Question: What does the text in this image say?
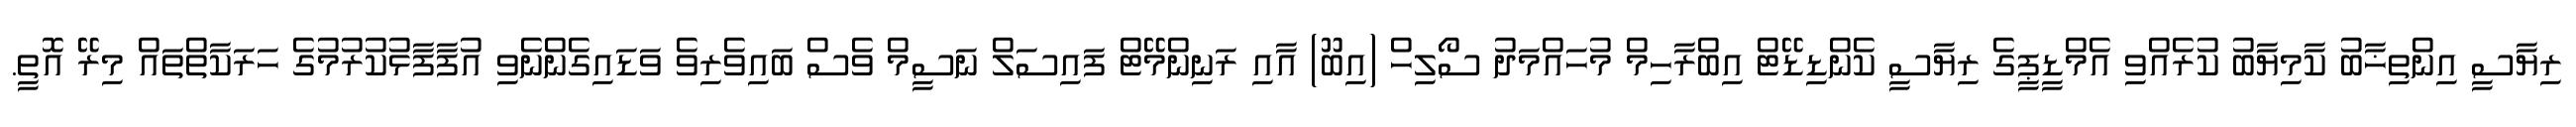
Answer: ރިޔާސީ އިންތިޚާބު ކާމިޔާބު ކުރެއްވި އެމްޑީޕީގެ ރިޔާސީ ކެންޑިޑޭޓް އިބްރާހިމް މުހައްމަދު ސޯލިހް (އިބޫ) އާއި ރަނިންމޭޓް ފައިސަލް ނަސީމް ވެސް ބައިވެރިވެ ވަޑައިގެންނެވި އުފާފާޅުކުރުމުގެ ހަރަކާތްތައް މިރޭ އޮތީ.